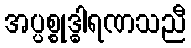
အပ္ပစ္စုဒ္ဓါရဏသညီ